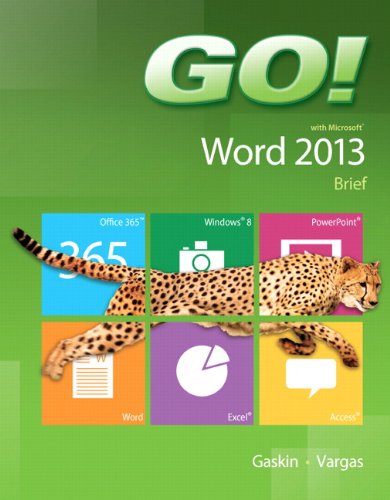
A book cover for GO! with Microsoft Word 2013 Brief; Shelley Gaskin; Computers & Technology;